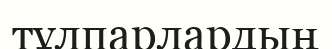
тұлпарлардың